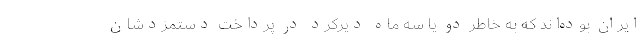
ایران بوده‌اند که به خاطر دو یا سه ماه دیرکرد در پرداخت دستمزدشان